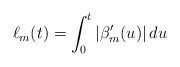
\begin{align*}\ell_m(t) = \int_0^t |\beta_m'(u)| \,du\end{align*}